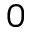
0